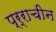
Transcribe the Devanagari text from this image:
प्र्राचीन